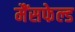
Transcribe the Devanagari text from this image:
मैंसफेल्ड